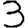
Digit: 3